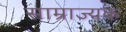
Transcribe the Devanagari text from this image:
साम्राज्यक